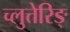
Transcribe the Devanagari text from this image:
च्लुत्तेरिङ्